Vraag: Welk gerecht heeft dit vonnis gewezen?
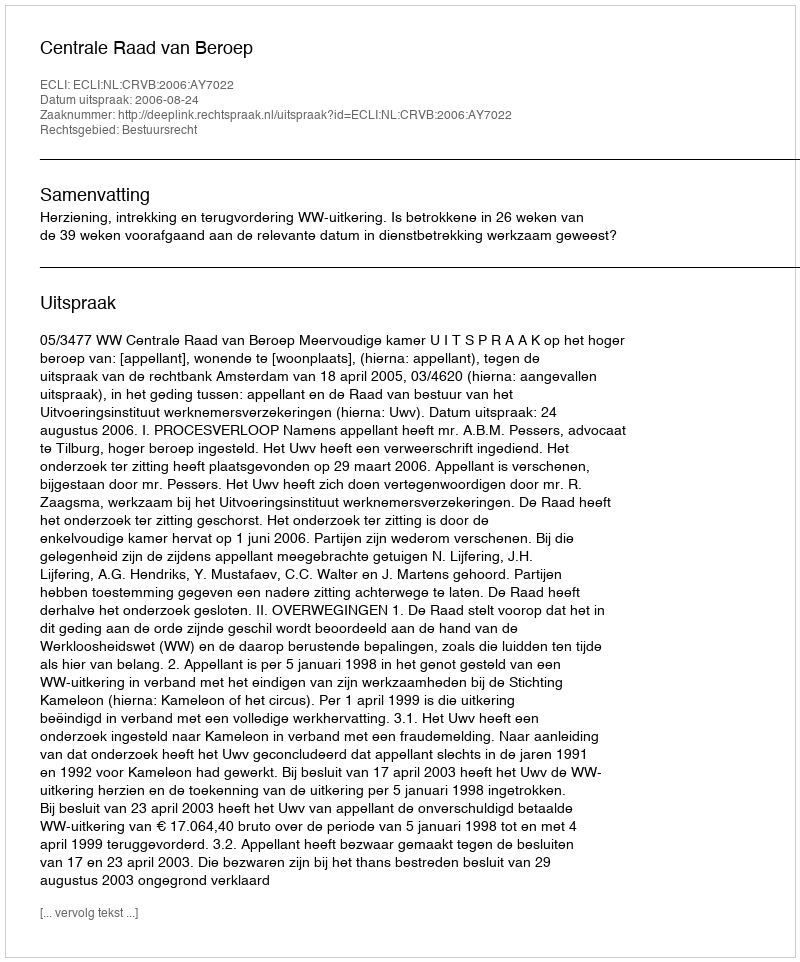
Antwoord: Centrale Raad van Beroep